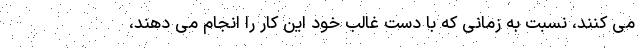
می کنند، نسبت به زمانی که با دست غالب خود این کار را انجام می دهند،